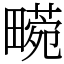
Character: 𤳙